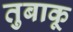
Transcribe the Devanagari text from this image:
तुबाकू